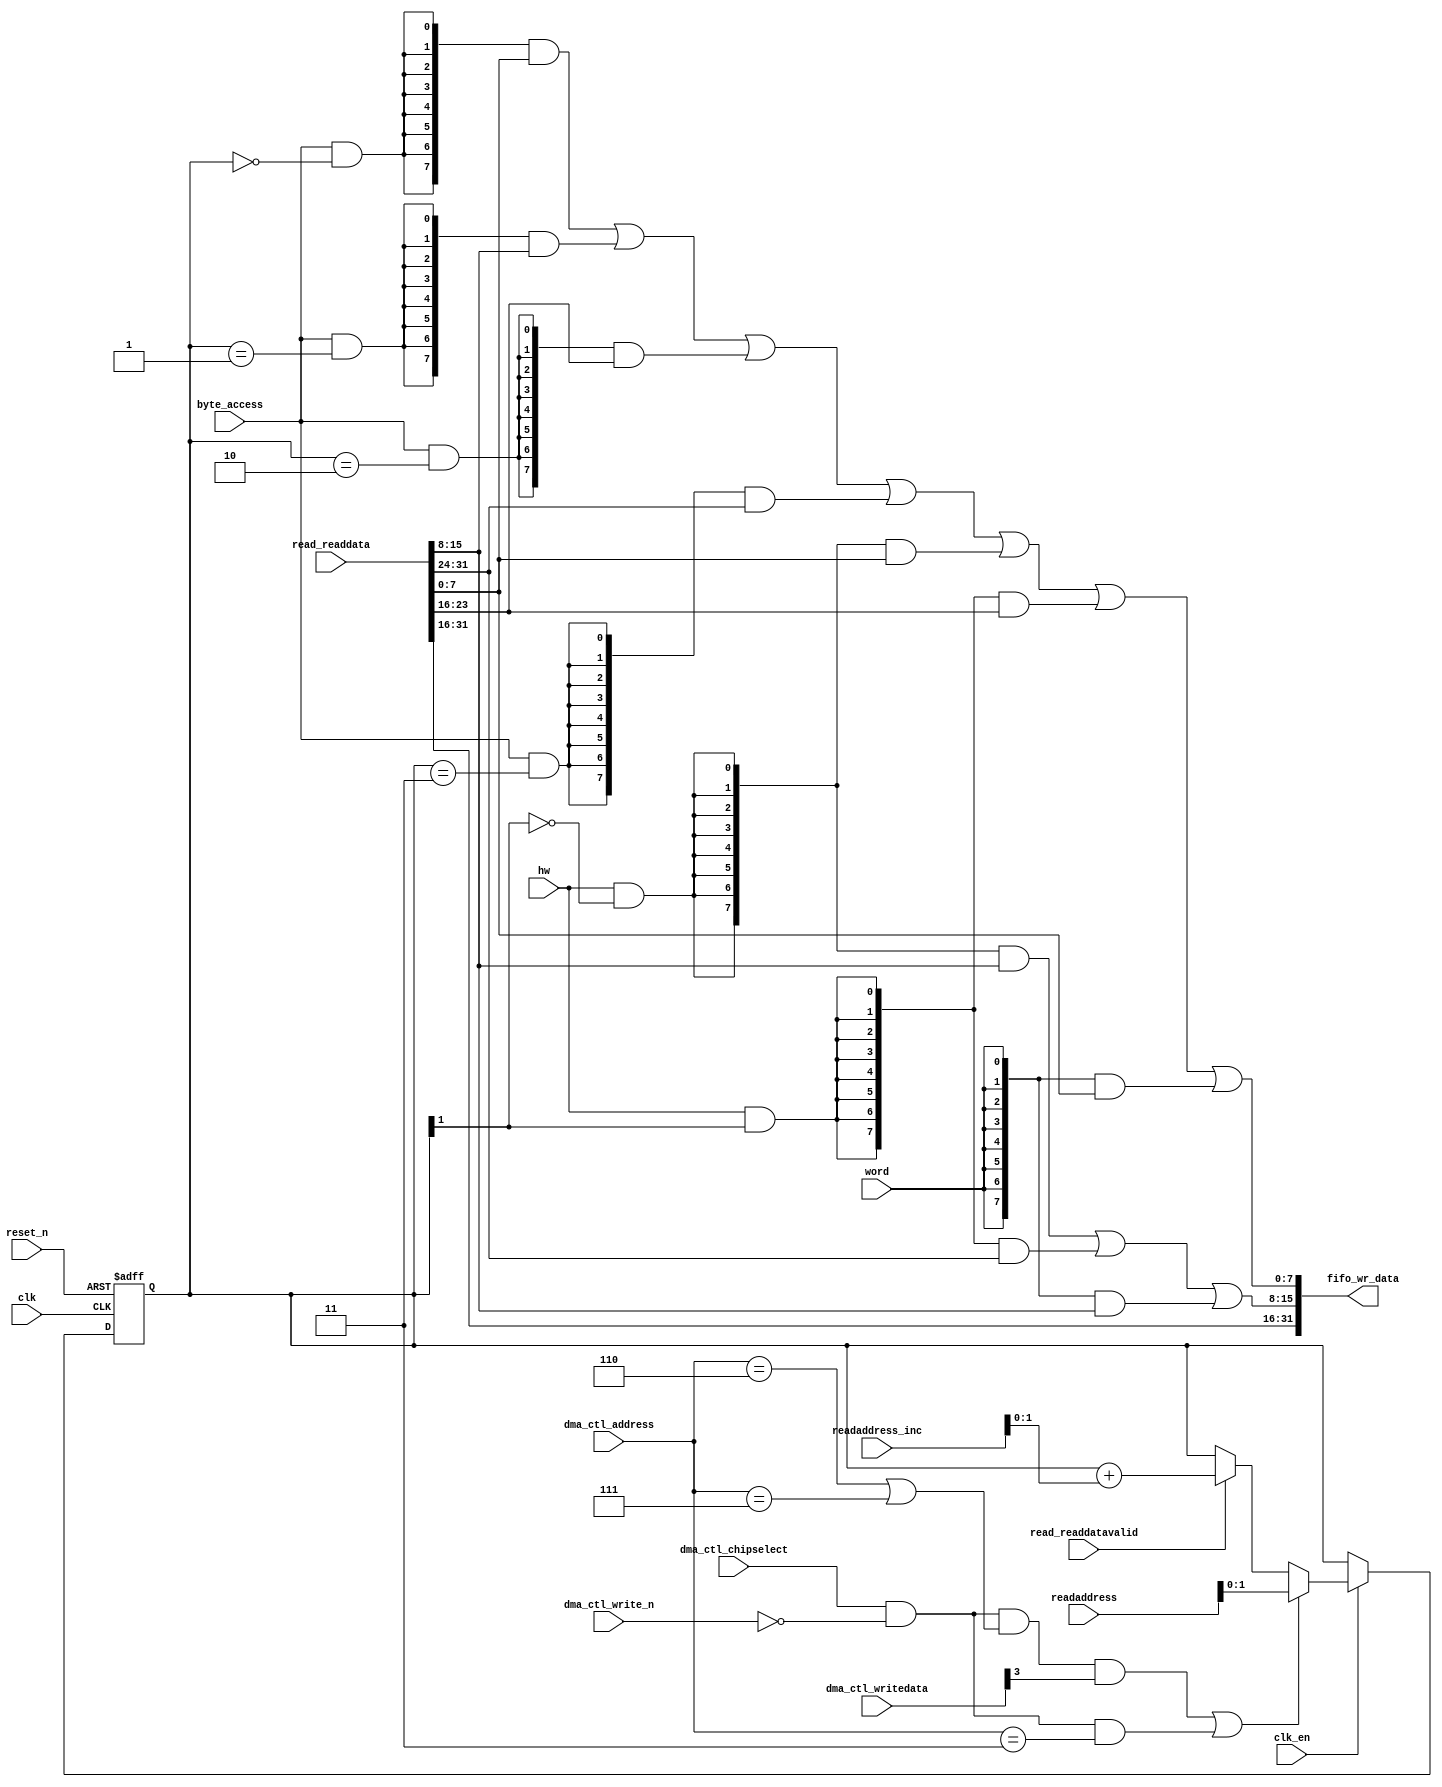
//Legal Notice: (C)2018 Altera Corporation. All rights reserved.  Your
//use of Altera Corporation's design tools, logic functions and other
//software and tools, and its AMPP partner logic functions, and any
//output files any of the foregoing (including device programming or
//simulation files), and any associated documentation or information are
//expressly subject to the terms and conditions of the Altera Program
//License Subscription Agreement or other applicable license agreement,
//including, without limitation, that your use is for the sole purpose
//of programming logic devices manufactured by Altera and sold by Altera
//or its authorized distributors.  Please refer to the applicable
//agreement for further details.

// synthesis translate_off
`timescale 1ns / 1ps
// synthesis translate_on

// turn off superfluous verilog processor warnings 
// altera message_level Level1 
// altera message_off 10034 10035 10036 10037 10230 10240 10030 

module soc_system_dma_0_read_data_mux (
                                        // inputs:
                                         byte_access,
                                         clk,
                                         clk_en,
                                         dma_ctl_address,
                                         dma_ctl_chipselect,
                                         dma_ctl_write_n,
                                         dma_ctl_writedata,
                                         hw,
                                         read_readdata,
                                         read_readdatavalid,
                                         readaddress,
                                         readaddress_inc,
                                         reset_n,
                                         word,

                                        // outputs:
                                         fifo_wr_data
                                      )
;

  output  [ 31: 0] fifo_wr_data;
  input            byte_access;
  input            clk;
  input            clk_en;
  input   [  2: 0] dma_ctl_address;
  input            dma_ctl_chipselect;
  input            dma_ctl_write_n;
  input   [ 19: 0] dma_ctl_writedata;
  input            hw;
  input   [ 31: 0] read_readdata;
  input            read_readdatavalid;
  input   [ 19: 0] readaddress;
  input   [  4: 0] readaddress_inc;
  input            reset_n;
  input            word;


wire             control_write;
wire    [ 31: 0] fifo_wr_data;
wire             length_write;
wire    [  1: 0] read_data_mux_input;
reg     [  1: 0] readdata_mux_select;
  assign control_write = dma_ctl_chipselect & ~dma_ctl_write_n & ((dma_ctl_address == 6) || (dma_ctl_address == 7));
  assign length_write = dma_ctl_chipselect & ~dma_ctl_write_n & (dma_ctl_address == 3);
  assign read_data_mux_input = ((control_write && dma_ctl_writedata[3] || length_write))? readaddress[1 : 0] :
    (read_readdatavalid)? (readdata_mux_select + readaddress_inc) :
    readdata_mux_select;

  // Reset value: the transaction size bits of the read address reset value.
  always @(posedge clk or negedge reset_n)
    begin
      if (reset_n == 0)
          readdata_mux_select <= 0;
      else if (clk_en)
          readdata_mux_select <= read_data_mux_input[1 : 0];
    end


  assign fifo_wr_data[31 : 16] = read_readdata[31 : 16];
  assign fifo_wr_data[15 : 8] = ({8 {(hw & (readdata_mux_select[1] == 0))}} & read_readdata[15 : 8]) |
    ({8 {(hw & (readdata_mux_select[1] == 1))}} & read_readdata[31 : 24]) |
    ({8 {word}} & read_readdata[15 : 8]);

  assign fifo_wr_data[7 : 0] = ({8 {(byte_access & (readdata_mux_select[1 : 0] == 0))}} & read_readdata[7 : 0]) |
    ({8 {(byte_access & (readdata_mux_select[1 : 0] == 1))}} & read_readdata[15 : 8]) |
    ({8 {(byte_access & (readdata_mux_select[1 : 0] == 2))}} & read_readdata[23 : 16]) |
    ({8 {(byte_access & (readdata_mux_select[1 : 0] == 3))}} & read_readdata[31 : 24]) |
    ({8 {(hw & (readdata_mux_select[1] == 0))}} & read_readdata[7 : 0]) |
    ({8 {(hw & (readdata_mux_select[1] == 1))}} & read_readdata[23 : 16]) |
    ({8 {word}} & read_readdata[7 : 0]);


endmodule


// synthesis translate_off
`timescale 1ns / 1ps
// synthesis translate_on

// turn off superfluous verilog processor warnings 
// altera message_level Level1 
// altera message_off 10034 10035 10036 10037 10230 10240 10030 

module soc_system_dma_0_byteenables (
                                      // inputs:
                                       byte_access,
                                       hw,
                                       word,
                                       write_address,

                                      // outputs:
                                       write_byteenable
                                    )
;

  output  [  3: 0] write_byteenable;
  input            byte_access;
  input            hw;
  input            word;
  input   [ 19: 0] write_address;


wire             wa_1_is_0;
wire             wa_1_is_1;
wire             wa_1_to_0_is_0;
wire             wa_1_to_0_is_1;
wire             wa_1_to_0_is_2;
wire             wa_1_to_0_is_3;
wire    [  3: 0] write_byteenable;
  assign wa_1_to_0_is_3 = write_address[1 : 0] == 2'h3;
  assign wa_1_to_0_is_2 = write_address[1 : 0] == 2'h2;
  assign wa_1_to_0_is_1 = write_address[1 : 0] == 2'h1;
  assign wa_1_to_0_is_0 = write_address[1 : 0] == 2'h0;
  assign wa_1_is_1 = write_address[1] == 1'h1;
  assign wa_1_is_0 = write_address[1] == 1'h0;
  assign write_byteenable = ({4 {byte_access}} & {wa_1_to_0_is_3, wa_1_to_0_is_2, wa_1_to_0_is_1, wa_1_to_0_is_0}) |
    ({4 {hw}} & {wa_1_is_1, wa_1_is_1, wa_1_is_0, wa_1_is_0}) |
    ({4 {word}} & 4'b1111);


endmodule


// synthesis translate_off
`timescale 1ns / 1ps
// synthesis translate_on

// turn off superfluous verilog processor warnings 
// altera message_level Level1 
// altera message_off 10034 10035 10036 10037 10230 10240 10030 

module soc_system_dma_0_fifo_module_fifo_ram_module (
                                                      // inputs:
                                                       clk,
                                                       data,
                                                       rdaddress,
                                                       rdclken,
                                                       reset_n,
                                                       wraddress,
                                                       wrclock,
                                                       wren,

                                                      // outputs:
                                                       q
                                                    )
;

  output  [ 31: 0] q;
  input            clk;
  input   [ 31: 0] data;
  input   [  4: 0] rdaddress;
  input            rdclken;
  input            reset_n;
  input   [  4: 0] wraddress;
  input            wrclock;
  input            wren;


reg     [ 31: 0] mem_array [ 31: 0];
wire    [ 31: 0] q;
reg     [  4: 0] read_address;

//synthesis translate_off
//////////////// SIMULATION-ONLY CONTENTS
  always @(posedge clk or negedge reset_n)
    begin
      if (reset_n == 0)
          read_address <= 0;
      else if (rdclken)
          read_address <= rdaddress;
    end


  // Data read is synchronized through latent_rdaddress.
  assign q = mem_array[read_address];

  always @(posedge wrclock)
    begin
      // Write data
      if (wren)
          mem_array[wraddress] <= data;
    end



//////////////// END SIMULATION-ONLY CONTENTS

//synthesis translate_on
//synthesis read_comments_as_HDL on
//  always @(rdaddress)
//    begin
//      read_address = rdaddress;
//    end
//
//
//  lpm_ram_dp lpm_ram_dp_component
//    (
//      .data (data),
//      .q (q),
//      .rdaddress (read_address),
//      .rdclken (rdclken),
//      .rdclock (clk),
//      .wraddress (wraddress),
//      .wrclock (wrclock),
//      .wren (wren)
//    );
//
//  defparam lpm_ram_dp_component.lpm_file = "UNUSED",
//           lpm_ram_dp_component.lpm_hint = "USE_EAB=ON",
//           lpm_ram_dp_component.lpm_indata = "REGISTERED",
//           lpm_ram_dp_component.lpm_outdata = "UNREGISTERED",
//           lpm_ram_dp_component.lpm_rdaddress_control = "REGISTERED",
//           lpm_ram_dp_component.lpm_width = 32,
//           lpm_ram_dp_component.lpm_widthad = 5,
//           lpm_ram_dp_component.lpm_wraddress_control = "REGISTERED",
//           lpm_ram_dp_component.suppress_memory_conversion_warnings = "ON";
//
//synthesis read_comments_as_HDL off

endmodule


// synthesis translate_off
`timescale 1ns / 1ps
// synthesis translate_on

// turn off superfluous verilog processor warnings 
// altera message_level Level1 
// altera message_off 10034 10035 10036 10037 10230 10240 10030 

module soc_system_dma_0_fifo_module (
                                      // inputs:
                                       clk,
                                       clk_en,
                                       fifo_read,
                                       fifo_wr_data,
                                       fifo_write,
                                       flush_fifo,
                                       inc_pending_data,
                                       reset_n,

                                      // outputs:
                                       fifo_datavalid,
                                       fifo_empty,
                                       fifo_rd_data,
                                       p1_fifo_full
                                    )
;

  output           fifo_datavalid;
  output           fifo_empty;
  output  [ 31: 0] fifo_rd_data;
  output           p1_fifo_full;
  input            clk;
  input            clk_en;
  input            fifo_read;
  input   [ 31: 0] fifo_wr_data;
  input            fifo_write;
  input            flush_fifo;
  input            inc_pending_data;
  input            reset_n;


wire    [  4: 0] estimated_rdaddress;
reg     [  4: 0] estimated_wraddress;
wire             fifo_datavalid;
wire             fifo_dec;
reg              fifo_empty;
reg              fifo_full;
wire             fifo_inc;
wire    [ 31: 0] fifo_ram_q;
wire    [ 31: 0] fifo_rd_data;
reg              last_write_collision;
reg     [ 31: 0] last_write_data;
wire    [  4: 0] p1_estimated_wraddress;
wire             p1_fifo_empty;
wire             p1_fifo_full;
wire    [  4: 0] p1_wraddress;
wire    [  4: 0] rdaddress;
reg     [  4: 0] rdaddress_reg;
reg     [  4: 0] wraddress;
wire             write_collision;
  assign p1_wraddress = (fifo_write)? wraddress - 1 :
    wraddress;

  always @(posedge clk or negedge reset_n)
    begin
      if (reset_n == 0)
          wraddress <= 0;
      else if (clk_en)
          if (flush_fifo)
              wraddress <= 0;
          else 
            wraddress <= p1_wraddress;
    end


  assign rdaddress = flush_fifo ? 0 : fifo_read ? (rdaddress_reg - 1) : rdaddress_reg;
  always @(posedge clk or negedge reset_n)
    begin
      if (reset_n == 0)
          rdaddress_reg <= 0;
      else 
        rdaddress_reg <= rdaddress;
    end


  assign fifo_datavalid = ~fifo_empty;
  assign fifo_inc = fifo_write & ~fifo_read;
  assign fifo_dec = fifo_read & ~fifo_write;
  assign estimated_rdaddress = rdaddress_reg - 1;
  assign p1_estimated_wraddress = (inc_pending_data)? estimated_wraddress - 1 :
    estimated_wraddress;

  always @(posedge clk or negedge reset_n)
    begin
      if (reset_n == 0)
          estimated_wraddress <= {5 {1'b1}};
      else if (clk_en)
          if (flush_fifo)
              estimated_wraddress <= {5 {1'b1}};
          else 
            estimated_wraddress <= p1_estimated_wraddress;
    end


  assign p1_fifo_empty = flush_fifo  | ((~fifo_inc & fifo_empty) | (fifo_dec & (wraddress == estimated_rdaddress)));
  always @(posedge clk or negedge reset_n)
    begin
      if (reset_n == 0)
          fifo_empty <= 1;
      else if (clk_en)
          fifo_empty <= p1_fifo_empty;
    end


  assign p1_fifo_full = ~flush_fifo & ((~fifo_dec & fifo_full)  | (inc_pending_data & (estimated_wraddress == rdaddress)));
  always @(posedge clk or negedge reset_n)
    begin
      if (reset_n == 0)
          fifo_full <= 0;
      else if (clk_en)
          fifo_full <= p1_fifo_full;
    end


  assign write_collision = fifo_write && (wraddress == rdaddress);
  always @(posedge clk or negedge reset_n)
    begin
      if (reset_n == 0)
          last_write_data <= 0;
      else if (write_collision)
          last_write_data <= fifo_wr_data;
    end


  always @(posedge clk or negedge reset_n)
    begin
      if (reset_n == 0)
          last_write_collision <= 0;
      else if (write_collision)
          last_write_collision <= -1;
      else if (fifo_read)
          last_write_collision <= 0;
    end


  assign fifo_rd_data = last_write_collision ? last_write_data : fifo_ram_q;
  //soc_system_dma_0_fifo_module_fifo_ram, which is an e_ram
  soc_system_dma_0_fifo_module_fifo_ram_module soc_system_dma_0_fifo_module_fifo_ram
    (
      .clk       (clk),
      .data      (fifo_wr_data),
      .q         (fifo_ram_q),
      .rdaddress (rdaddress),
      .rdclken   (1'b1),
      .reset_n   (reset_n),
      .wraddress (wraddress),
      .wrclock   (clk),
      .wren      (fifo_write)
    );


endmodule


// synthesis translate_off
`timescale 1ns / 1ps
// synthesis translate_on

// turn off superfluous verilog processor warnings 
// altera message_level Level1 
// altera message_off 10034 10035 10036 10037 10230 10240 10030 

module soc_system_dma_0_mem_read (
                                   // inputs:
                                    clk,
                                    clk_en,
                                    go,
                                    p1_done_read,
                                    p1_fifo_full,
                                    read_waitrequest,
                                    reset_n,

                                   // outputs:
                                    inc_read,
                                    mem_read_n
                                 )
;

  output           inc_read;
  output           mem_read_n;
  input            clk;
  input            clk_en;
  input            go;
  input            p1_done_read;
  input            p1_fifo_full;
  input            read_waitrequest;
  input            reset_n;


wire             inc_read;
wire             mem_read_n;
wire             p1_read_select;
reg              read_select;
reg              soc_system_dma_0_mem_read_access;
reg              soc_system_dma_0_mem_read_idle;
  assign mem_read_n = ~read_select;
  always @(posedge clk or negedge reset_n)
    begin
      if (reset_n == 0)
          read_select <= 0;
      else if (clk_en)
          read_select <= p1_read_select;
    end


  assign inc_read = read_select & ~read_waitrequest;
  // Transitions into state 'idle'.
  always @(posedge clk or negedge reset_n)
    begin
      if (reset_n == 0)
          soc_system_dma_0_mem_read_idle <= 1;
      else if (clk_en)
          soc_system_dma_0_mem_read_idle <= ((soc_system_dma_0_mem_read_idle == 1) & (go == 0)) |
                    ((soc_system_dma_0_mem_read_idle == 1) & (p1_done_read == 1)) |
                    ((soc_system_dma_0_mem_read_idle == 1) & (p1_fifo_full == 1)) |
                    ((soc_system_dma_0_mem_read_access == 1) & (p1_fifo_full == 1) & (read_waitrequest == 0)) |
                    ((soc_system_dma_0_mem_read_access == 1) & (p1_done_read == 1) & (read_waitrequest == 0));

    end


  // Transitions into state 'access'.
  always @(posedge clk or negedge reset_n)
    begin
      if (reset_n == 0)
          soc_system_dma_0_mem_read_access <= 0;
      else if (clk_en)
          soc_system_dma_0_mem_read_access <= ((soc_system_dma_0_mem_read_idle == 1) & (p1_fifo_full == 0) & (p1_done_read == 0) & (go == 1)) |
                    ((soc_system_dma_0_mem_read_access == 1) & (read_waitrequest == 1)) |
                    ((soc_system_dma_0_mem_read_access == 1) & (p1_fifo_full == 0) & (p1_done_read == 0) & (read_waitrequest == 0));

    end


  assign p1_read_select = ({1 {((soc_system_dma_0_mem_read_access && (read_waitrequest == 1)))}} & 1) |
    ({1 {((soc_system_dma_0_mem_read_access && (p1_done_read == 0) && (p1_fifo_full == 0) && (read_waitrequest == 0)))}} & 1) |
    ({1 {((soc_system_dma_0_mem_read_idle && (go == 1) && (p1_done_read == 0) && (p1_fifo_full == 0)))}} & 1);


endmodule


// synthesis translate_off
`timescale 1ns / 1ps
// synthesis translate_on

// turn off superfluous verilog processor warnings 
// altera message_level Level1 
// altera message_off 10034 10035 10036 10037 10230 10240 10030 

module soc_system_dma_0_mem_write (
                                    // inputs:
                                     d1_enabled_write_endofpacket,
                                     fifo_datavalid,
                                     write_waitrequest,

                                    // outputs:
                                     fifo_read,
                                     inc_write,
                                     mem_write_n,
                                     write_select
                                  )
;

  output           fifo_read;
  output           inc_write;
  output           mem_write_n;
  output           write_select;
  input            d1_enabled_write_endofpacket;
  input            fifo_datavalid;
  input            write_waitrequest;


wire             fifo_read;
wire             inc_write;
wire             mem_write_n;
wire             write_select;
  assign write_select = fifo_datavalid & ~d1_enabled_write_endofpacket;
  assign mem_write_n = ~write_select;
  assign fifo_read = write_select & ~write_waitrequest;
  assign inc_write = fifo_read;

endmodule


// synthesis translate_off
`timescale 1ns / 1ps
// synthesis translate_on

// turn off superfluous verilog processor warnings 
// altera message_level Level1 
// altera message_off 10034 10035 10036 10037 10230 10240 10030 

//DMA peripheral soc_system_dma_0
//Read slaves:
//onchip.s1; 
//Write slaves:
//onchip.s1; 


module soc_system_dma_0 (
                          // inputs:
                           clk,
                           dma_ctl_address,
                           dma_ctl_chipselect,
                           dma_ctl_write_n,
                           dma_ctl_writedata,
                           read_readdata,
                           read_readdatavalid,
                           read_waitrequest,
                           system_reset_n,
                           write_waitrequest,

                          // outputs:
                           dma_ctl_irq,
                           dma_ctl_readdata,
                           read_address,
                           read_chipselect,
                           read_read_n,
                           write_address,
                           write_byteenable,
                           write_chipselect,
                           write_write_n,
                           write_writedata
                        )
  /* synthesis ALTERA_ATTRIBUTE = "SUPPRESS_DA_RULE_INTERNAL=\"R101\"" */ ;

  output           dma_ctl_irq;
  output  [ 19: 0] dma_ctl_readdata;
  output  [ 19: 0] read_address;
  output           read_chipselect;
  output           read_read_n;
  output  [ 19: 0] write_address;
  output  [  3: 0] write_byteenable;
  output           write_chipselect;
  output           write_write_n;
  output  [ 31: 0] write_writedata;
  input            clk;
  input   [  2: 0] dma_ctl_address;
  input            dma_ctl_chipselect;
  input            dma_ctl_write_n;
  input   [ 19: 0] dma_ctl_writedata;
  input   [ 31: 0] read_readdata;
  input            read_readdatavalid;
  input            read_waitrequest;
  input            system_reset_n;
  input            write_waitrequest;


wire             busy;
wire             byte_access;
wire             clk_en;
reg     [ 12: 0] control;
reg              d1_done_transaction;
reg              d1_enabled_write_endofpacket;
reg              d1_read_got_endofpacket;
reg              d1_softwarereset;
wire             dma_ctl_irq;
reg     [ 19: 0] dma_ctl_readdata;
reg              done;
wire             done_transaction;
reg              done_write;
wire             doubleword;
wire             enabled_write_endofpacket;
wire             fifo_datavalid;
wire             fifo_empty;
wire    [ 31: 0] fifo_rd_data;
wire    [ 31: 0] fifo_rd_data_as_byte_access;
wire    [ 31: 0] fifo_rd_data_as_hw;
wire    [ 31: 0] fifo_rd_data_as_word;
wire             fifo_read;
wire    [ 31: 0] fifo_wr_data;
wire             fifo_write;
wire             fifo_write_data_valid;
wire             flush_fifo;
wire             go;
wire             hw;
wire             i_en;
wire             inc_read;
wire             inc_write;
wire             leen;
reg              len;
reg     [ 17: 0] length;
reg              length_eq_0;
wire             mem_read_n;
wire             mem_write_n;
wire    [ 12: 0] p1_control;
wire    [ 19: 0] p1_dma_ctl_readdata;
wire             p1_done_read;
wire             p1_done_write;
wire             p1_fifo_full;
wire    [ 17: 0] p1_length;
wire             p1_length_eq_0;
wire             p1_read_got_endofpacket;
wire    [ 19: 0] p1_readaddress;
wire             p1_write_got_endofpacket;
wire    [ 19: 0] p1_writeaddress;
wire    [ 17: 0] p1_writelength;
wire             p1_writelength_eq_0;
wire             quadword;
wire             rcon;
wire    [ 19: 0] read_address;
wire             read_chipselect;
wire             read_endofpacket;
reg              read_got_endofpacket;
wire             read_read_n;
reg     [ 19: 0] readaddress;
wire    [  4: 0] readaddress_inc;
wire             reen;
reg              reop;
reg              reset_n;
wire             set_software_reset_bit;
reg              software_reset_request;
wire             softwarereset;
wire    [  4: 0] status;
wire             status_register_write;
wire             wcon;
wire             ween;
reg              weop;
wire             word;
wire    [ 19: 0] write_address;
wire    [  3: 0] write_byteenable;
wire             write_chipselect;
wire             write_endofpacket;
reg              write_got_endofpacket;
wire             write_select;
wire             write_write_n;
wire    [ 31: 0] write_writedata;
reg     [ 19: 0] writeaddress;
wire    [  4: 0] writeaddress_inc;
reg     [ 17: 0] writelength;
reg              writelength_eq_0;
  assign clk_en = 1;
  //control_port_slave, which is an e_avalon_slave
  //read_master, which is an e_avalon_master
  soc_system_dma_0_read_data_mux the_soc_system_dma_0_read_data_mux
    (
      .byte_access        (byte_access),
      .clk                (clk),
      .clk_en             (clk_en),
      .dma_ctl_address    (dma_ctl_address),
      .dma_ctl_chipselect (dma_ctl_chipselect),
      .dma_ctl_write_n    (dma_ctl_write_n),
      .dma_ctl_writedata  (dma_ctl_writedata),
      .fifo_wr_data       (fifo_wr_data),
      .hw                 (hw),
      .read_readdata      (read_readdata),
      .read_readdatavalid (read_readdatavalid),
      .readaddress        (readaddress),
      .readaddress_inc    (readaddress_inc),
      .reset_n            (reset_n),
      .word               (word)
    );

  //write_master, which is an e_avalon_master
  soc_system_dma_0_byteenables the_soc_system_dma_0_byteenables
    (
      .byte_access      (byte_access),
      .hw               (hw),
      .word             (word),
      .write_address    (write_address),
      .write_byteenable (write_byteenable)
    );

  assign read_read_n = mem_read_n;
  assign status_register_write = dma_ctl_chipselect & ~dma_ctl_write_n & (dma_ctl_address == 0);
  // read address
  always @(posedge clk or negedge reset_n)
    begin
      if (reset_n == 0)
          readaddress <= 20'h0;
      else if (clk_en)
          readaddress <= p1_readaddress;
    end


  assign p1_readaddress = ((dma_ctl_chipselect & ~dma_ctl_write_n & (dma_ctl_address == 1)))? dma_ctl_writedata :
    (inc_read)? (readaddress + readaddress_inc) :
    readaddress;

  // write address
  always @(posedge clk or negedge reset_n)
    begin
      if (reset_n == 0)
          writeaddress <= 20'h0;
      else if (clk_en)
          writeaddress <= p1_writeaddress;
    end


  assign p1_writeaddress = ((dma_ctl_chipselect & ~dma_ctl_write_n & (dma_ctl_address == 2)))? dma_ctl_writedata :
    (inc_write)? (writeaddress + writeaddress_inc) :
    writeaddress;

  // length in bytes
  always @(posedge clk or negedge reset_n)
    begin
      if (reset_n == 0)
          length <= 18'h0;
      else if (clk_en)
          length <= p1_length;
    end


  assign p1_length = ((dma_ctl_chipselect & ~dma_ctl_write_n & (dma_ctl_address == 3)))? dma_ctl_writedata :
    ((inc_read && (!length_eq_0)))? length - {1'b0,
    1'b0,
    word,
    hw,
    byte_access} :
    length;

  // control register
  always @(posedge clk or negedge reset_n)
    begin
      if (reset_n == 0)
          control <= 13'h84;
      else if (clk_en)
          control <= p1_control;
    end


  assign p1_control = ((dma_ctl_chipselect & ~dma_ctl_write_n & ((dma_ctl_address == 6) || (dma_ctl_address == 7))))? dma_ctl_writedata :
    control;

  // write master length
  always @(posedge clk or negedge reset_n)
    begin
      if (reset_n == 0)
          writelength <= 18'h0;
      else if (clk_en)
          writelength <= p1_writelength;
    end


  assign p1_writelength = ((dma_ctl_chipselect & ~dma_ctl_write_n & (dma_ctl_address == 3)))? dma_ctl_writedata :
    ((inc_write && (!writelength_eq_0)))? writelength - {1'b0,
    1'b0,
    word,
    hw,
    byte_access} :
    writelength;

  assign p1_writelength_eq_0 = inc_write && (!writelength_eq_0) && ((writelength  - {1'b0,
    1'b0,
    word,
    hw,
    byte_access}) == 0);

  assign p1_length_eq_0 = inc_read && (!length_eq_0) && ((length  - {1'b0,
    1'b0,
    word,
    hw,
    byte_access}) == 0);

  always @(posedge clk or negedge reset_n)
    begin
      if (reset_n == 0)
          length_eq_0 <= 1;
      else if (clk_en)
          if (dma_ctl_chipselect & ~dma_ctl_write_n & (dma_ctl_address == 3))
              length_eq_0 <= 0;
          else if (p1_length_eq_0)
              length_eq_0 <= -1;
    end


  always @(posedge clk or negedge reset_n)
    begin
      if (reset_n == 0)
          writelength_eq_0 <= 1;
      else if (clk_en)
          if (dma_ctl_chipselect & ~dma_ctl_write_n & (dma_ctl_address == 3))
              writelength_eq_0 <= 0;
          else if (p1_writelength_eq_0)
              writelength_eq_0 <= -1;
    end


  assign writeaddress_inc = (wcon)? 0 :
    {1'b0,
    1'b0,
    word,
    hw,
    byte_access};

  assign readaddress_inc = (rcon)? 0 :
    {1'b0,
    1'b0,
    word,
    hw,
    byte_access};

  assign p1_dma_ctl_readdata = ({20 {(dma_ctl_address == 0)}} & status) |
    ({20 {(dma_ctl_address == 1)}} & readaddress) |
    ({20 {(dma_ctl_address == 2)}} & writeaddress) |
    ({20 {(dma_ctl_address == 3)}} & writelength) |
    ({20 {(dma_ctl_address == 6)}} & control);

  always @(posedge clk or negedge reset_n)
    begin
      if (reset_n == 0)
          dma_ctl_readdata <= 0;
      else if (clk_en)
          dma_ctl_readdata <= p1_dma_ctl_readdata;
    end


  assign done_transaction = go & done_write;
  always @(posedge clk or negedge reset_n)
    begin
      if (reset_n == 0)
          done <= 0;
      else if (clk_en)
          if (status_register_write)
              done <= 0;
          else if (done_transaction & ~d1_done_transaction)
              done <= -1;
    end


  always @(posedge clk or negedge reset_n)
    begin
      if (reset_n == 0)
          d1_done_transaction <= 0;
      else if (clk_en)
          d1_done_transaction <= done_transaction;
    end


  assign busy = go & ~done_write;
  assign status[0] = done;
  assign status[1] = busy;
  assign status[2] = reop;
  assign status[3] = weop;
  assign status[4] = len;
  assign byte_access = control[0];
  assign hw = control[1];
  assign word = control[2];
  assign go = control[3];
  assign i_en = control[4];
  assign reen = control[5];
  assign ween = control[6];
  assign leen = control[7];
  assign rcon = control[8];
  assign wcon = control[9];
  assign doubleword = control[10];
  assign quadword = control[11];
  assign softwarereset = control[12];
  assign dma_ctl_irq = i_en & done;
  assign p1_read_got_endofpacket = ~status_register_write && (read_got_endofpacket || (read_endofpacket & reen));
  assign p1_write_got_endofpacket = ~status_register_write && (write_got_endofpacket || (inc_write & write_endofpacket & ween));
  always @(posedge clk or negedge reset_n)
    begin
      if (reset_n == 0)
          read_got_endofpacket <= 0;
      else if (clk_en)
          read_got_endofpacket <= p1_read_got_endofpacket;
    end


  always @(posedge clk or negedge reset_n)
    begin
      if (reset_n == 0)
          write_got_endofpacket <= 0;
      else if (clk_en)
          write_got_endofpacket <= p1_write_got_endofpacket;
    end


  assign flush_fifo = ~d1_done_transaction & done_transaction;
  soc_system_dma_0_fifo_module the_soc_system_dma_0_fifo_module
    (
      .clk              (clk),
      .clk_en           (clk_en),
      .fifo_datavalid   (fifo_datavalid),
      .fifo_empty       (fifo_empty),
      .fifo_rd_data     (fifo_rd_data),
      .fifo_read        (fifo_read),
      .fifo_wr_data     (fifo_wr_data),
      .fifo_write       (fifo_write),
      .flush_fifo       (flush_fifo),
      .inc_pending_data (inc_read),
      .p1_fifo_full     (p1_fifo_full),
      .reset_n          (reset_n)
    );

  //the_soc_system_dma_0_mem_read, which is an e_instance
  soc_system_dma_0_mem_read the_soc_system_dma_0_mem_read
    (
      .clk              (clk),
      .clk_en           (clk_en),
      .go               (go),
      .inc_read         (inc_read),
      .mem_read_n       (mem_read_n),
      .p1_done_read     (p1_done_read),
      .p1_fifo_full     (p1_fifo_full),
      .read_waitrequest (read_waitrequest),
      .reset_n          (reset_n)
    );

  assign fifo_write = fifo_write_data_valid;
  assign enabled_write_endofpacket = write_endofpacket & ween;
  always @(posedge clk or negedge reset_n)
    begin
      if (reset_n == 0)
          d1_enabled_write_endofpacket <= 0;
      else if (clk_en)
          d1_enabled_write_endofpacket <= enabled_write_endofpacket;
    end


  soc_system_dma_0_mem_write the_soc_system_dma_0_mem_write
    (
      .d1_enabled_write_endofpacket (d1_enabled_write_endofpacket),
      .fifo_datavalid               (fifo_datavalid),
      .fifo_read                    (fifo_read),
      .inc_write                    (inc_write),
      .mem_write_n                  (mem_write_n),
      .write_select                 (write_select),
      .write_waitrequest            (write_waitrequest)
    );

  assign p1_done_read = (leen && (p1_length_eq_0 || (length_eq_0))) | p1_read_got_endofpacket | p1_done_write;
  always @(posedge clk or negedge reset_n)
    begin
      if (reset_n == 0)
          len <= 0;
      else if (clk_en)
          if (status_register_write)
              len <= 0;
          else if (~d1_done_transaction & done_transaction && (writelength_eq_0))
              len <= -1;
    end


  always @(posedge clk or negedge reset_n)
    begin
      if (reset_n == 0)
          reop <= 0;
      else if (clk_en)
          if (status_register_write)
              reop <= 0;
          else if (fifo_empty & read_got_endofpacket & d1_read_got_endofpacket)
              reop <= -1;
    end


  always @(posedge clk or negedge reset_n)
    begin
      if (reset_n == 0)
          weop <= 0;
      else if (clk_en)
          if (status_register_write)
              weop <= 0;
          else if (write_got_endofpacket)
              weop <= -1;
    end


  assign p1_done_write = (leen && (p1_writelength_eq_0 || writelength_eq_0)) | p1_write_got_endofpacket | fifo_empty & d1_read_got_endofpacket;
  always @(posedge clk or negedge reset_n)
    begin
      if (reset_n == 0)
          d1_read_got_endofpacket <= 0;
      else if (clk_en)
          d1_read_got_endofpacket <= read_got_endofpacket;
    end


  // Write has completed when the length goes to 0, or
  //the write source said end-of-packet, or
  //the read source said end-of-packet and the fifo has emptied.
  always @(posedge clk or negedge reset_n)
    begin
      if (reset_n == 0)
          done_write <= 0;
      else if (clk_en)
          done_write <= p1_done_write;
    end


  assign read_address = readaddress;
  assign write_address = writeaddress;
  assign write_chipselect = write_select;
  assign read_chipselect = ~read_read_n;
  assign write_write_n = mem_write_n;
  assign fifo_rd_data_as_byte_access = {fifo_rd_data[7 : 0],
    fifo_rd_data[7 : 0],
    fifo_rd_data[7 : 0],
    fifo_rd_data[7 : 0]};

  assign fifo_rd_data_as_hw = {fifo_rd_data[15 : 0],
    fifo_rd_data[15 : 0]};

  assign fifo_rd_data_as_word = fifo_rd_data[31 : 0];
  assign write_writedata = ({32 {byte_access}} & fifo_rd_data_as_byte_access) |
    ({32 {hw}} & fifo_rd_data_as_hw) |
    ({32 {word}} & fifo_rd_data_as_word);

  assign fifo_write_data_valid = read_readdatavalid;
  assign set_software_reset_bit = ((dma_ctl_chipselect & ~dma_ctl_write_n & ((dma_ctl_address == 6) || (dma_ctl_address == 7)))) & (dma_ctl_address != 7) & dma_ctl_writedata[12];
  always @(posedge clk or negedge system_reset_n)
    begin
      if (system_reset_n == 0)
          d1_softwarereset <= 0;
      else if (set_software_reset_bit | software_reset_request)
          d1_softwarereset <= softwarereset & ~software_reset_request;
    end


  always @(posedge clk or negedge system_reset_n)
    begin
      if (system_reset_n == 0)
          software_reset_request <= 0;
      else if (set_software_reset_bit | software_reset_request)
          software_reset_request <= d1_softwarereset & ~software_reset_request;
    end


  always @(posedge clk or negedge system_reset_n)
    begin
      if (system_reset_n == 0)
          reset_n <= 0;
      else 
        reset_n <= ~(~system_reset_n | software_reset_request);
    end


  assign read_endofpacket = 0;
  assign write_endofpacket = 0;

endmodule